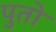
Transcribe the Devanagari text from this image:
पुतो